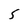
Character: 5